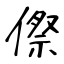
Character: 傺